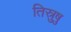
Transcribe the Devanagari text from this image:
तिस्रुषु